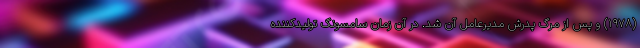
(۱۹۷۸) و پس از مرگ پدرش مدیرعامل آن شد. در آن زمان سامسونگ تولیدکننده